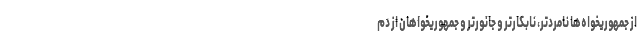
از جمهوریخواه‌ها نامردتر، نابکارتر و جانورتر و جمهوریخواهان از دم